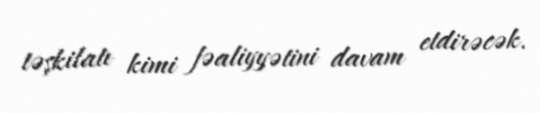
təşkilatı kimi fəaliyyətini davam etdirəcək.